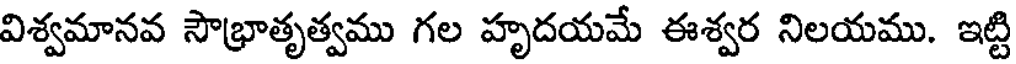
విశ్వమానవ సౌభ్రాతృత్వము గల హృదయమే ఈశ్వర నిలయము. ఇట్టి